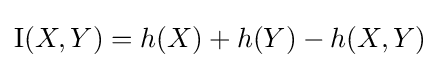
\operatorname {I} (X,Y)=h(X)+h(Y)-h(X,Y)